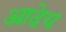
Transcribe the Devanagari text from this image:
आदेय